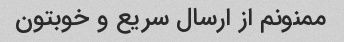
ممنونم از ارسال سریع و خوبتون